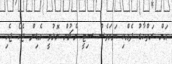
އަށް ރަތްކާޑު ދެއްކި ނަމަވެސް ސިޓީ މެޗުން މޮޅުވީ އެޑިން ޖެކޯ ޖެހި